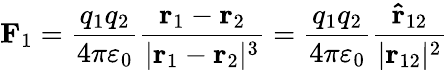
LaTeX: \mathbf{F}_{1}={\frac{q_{1}q_{2}}{4\pi\varepsilon_{0}}}{\frac{\mathbf{r}_{1}-\mathbf{r}_{2}}{|\mathbf{r}_{1}-\mathbf{r}_{2}|^{3}}}={\frac{q_{1}q_{2}}{4\pi\varepsilon_{0}}}{\frac{\mathbf{\hat{r}}_{12}}{|\mathbf{r}_{12}|^{2}}}